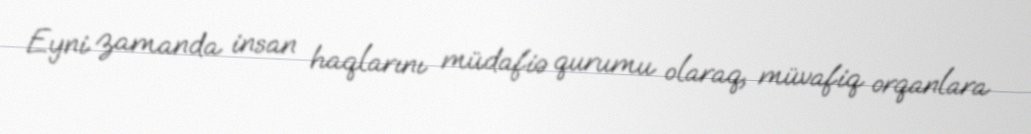
Eyni zamanda insan haqlarını müdafiə qurumu olaraq, müvafiq orqanlara